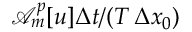
\mathcal { A } _ { m } ^ { p } [ u ] \Delta t / ( T \, \Delta x _ { 0 } )